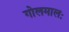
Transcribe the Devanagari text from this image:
गोलमालः